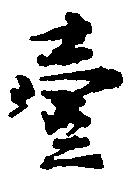
壱